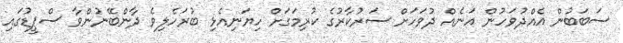
ސަބަބުން އެއްދުވަހުން އަނެއް ދުވަހަށް ސަރުކާރުގެ ކުރިމަގަށް ހިޔަނިއެޅި ބުރަހެލިވެ ދާންބޭނުންވާ ސްޕީޑުގައި